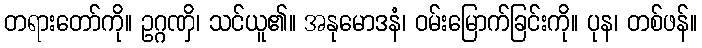
တရားတော်ကို။ ဥဂ္ဂဏှိ၊ သင်ယူ၏။ အနုမောဒနံ၊ ဝမ်းမြောက်ခြင်းကို။ ပုန၊ တစ်ဖန်။